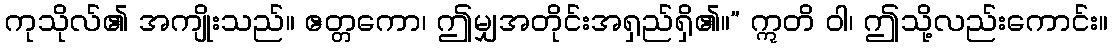
ကုသိုလ်၏ အကျိုးသည်။ ဧတ္တကော၊ ဤမျှအတိုင်းအရှည်ရှိ၏။” ဣတိ ဝါ၊ ဤသို့လည်းကောင်း။